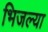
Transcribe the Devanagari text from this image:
भिजल्या